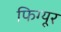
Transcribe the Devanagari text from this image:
फिग्यूर